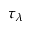
\tau _ { \lambda }